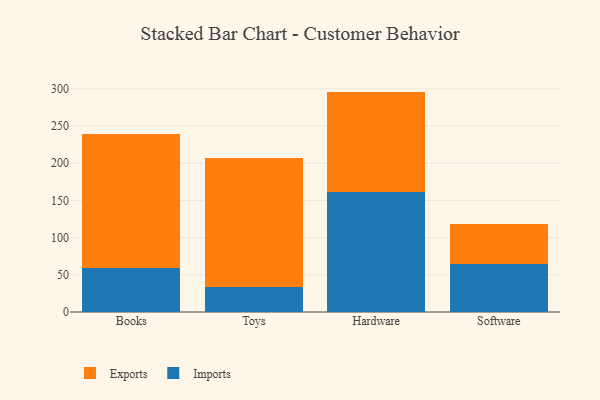
{"axis": {"x": "Category", "y": "Market Share (%)"}, "legend": ["Exports", "Imports"], "data": [{"x": "Books", "y": 59.7, "type": "Imports"}, {"x": "Books", "y": 179.4, "type": "Exports"}, {"x": "Toys", "y": 34.1, "type": "Imports"}, {"x": "Toys", "y": 173.0, "type": "Exports"}, {"x": "Hardware", "y": 161.3, "type": "Imports"}, {"x": "Hardware", "y": 135.1, "type": "Exports"}, {"x": "Software", "y": 65.0, "type": "Imports"}, {"x": "Software", "y": 52.8, "type": "Exports"}]}